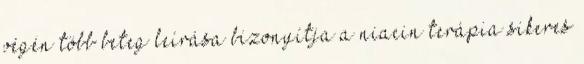
végén több beteg leírása bizonyítja a niacin terápia sikeres